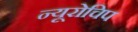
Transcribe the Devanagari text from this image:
न्यूरोचिप